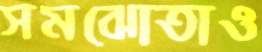
সমঝোতাও